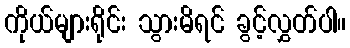
ကိုယ်များရိုင်း သွားမိရင် ခွင့်လွှတ်ပါ။